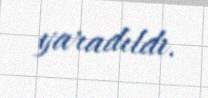
yaradıldı.